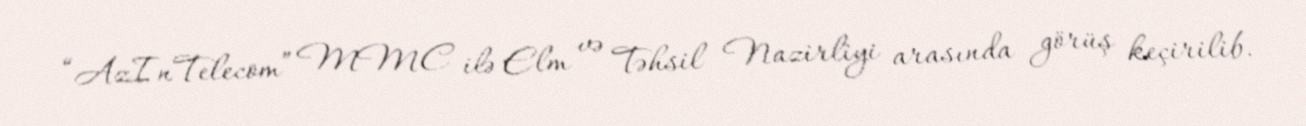
“AzInTelecom” MMC ilə Elm və Təhsil Nazirliyi arasında görüş keçirilib.